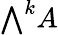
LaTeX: {\textstyle\bigwedge}^{k}A